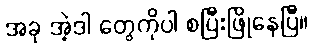
အခု အဲ့ဒါ တွေကိုပါ စပြီးဖြိုနေပြီ။